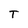
Character: T